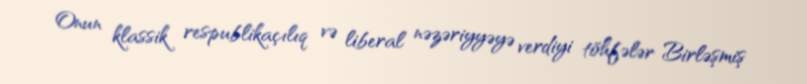
Onun klassik respublikaçılıq və liberal nəzəriyyəyə verdiyi töhfələr Birləşmiş